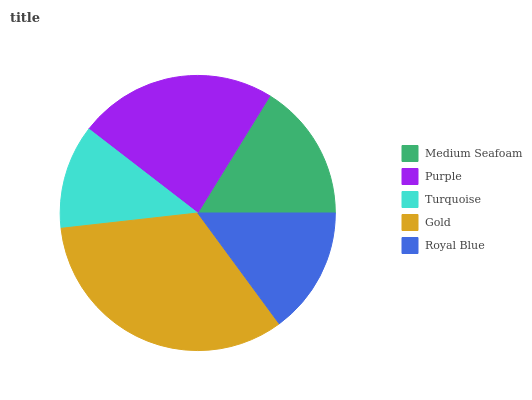
| Medium Seafoam | Purple | Turquoise | Gold | Royal Blue |
 | --- | --- | --- | --- | --- |
 | 16.2% | 23.4% | 12.2% | 33.3% | 14.9% |